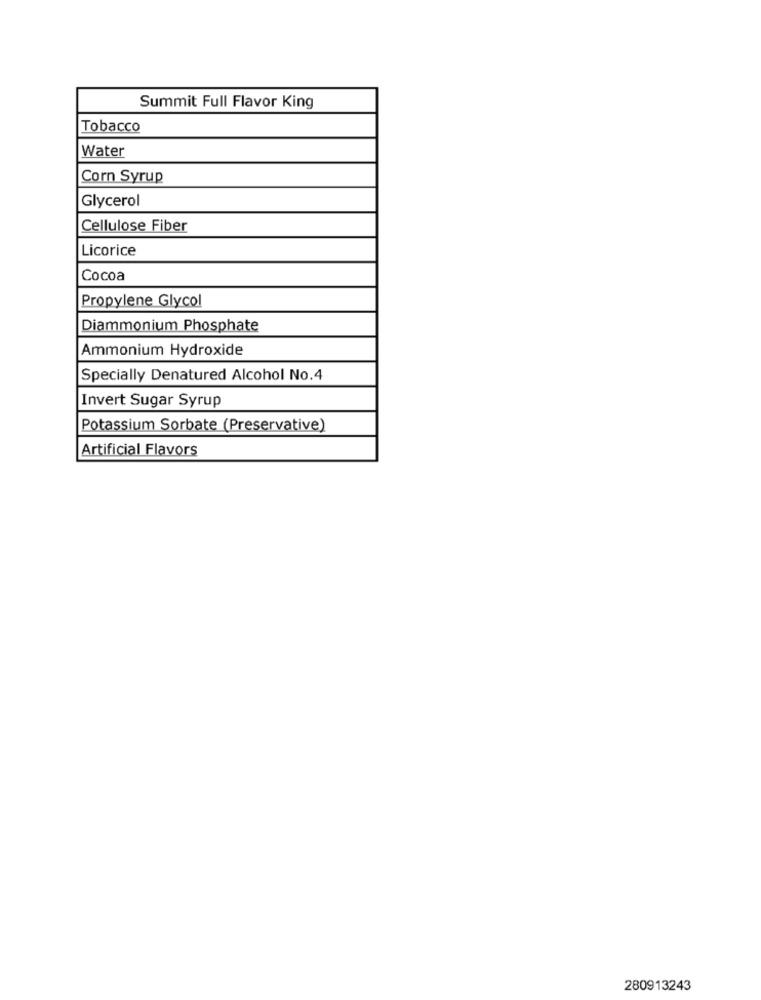
Summit Full Flavor King
Tobacco
Water
Corn Syrup
Glycerol
Cellulose Fiber
Licorice
Cocoa
Propylene Glycol
Diammonium Phosphate
Ammonium Hydroxide
Specially Denatured Alcohol No.4
Invert Sugar Syrup
Potassium Sorbate (Preservative)
Artificial Flavors
280913243